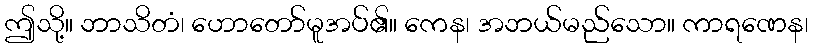
ဤသို့။ ဘာသိတံ၊ ဟောတော်မူအပ်၏။ ကေန၊ အဘယ်မည်သော။ ကာရဏေန၊